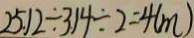
2 5 . 1 2 \div 3 1 4 \div 2 = 4 ( m )